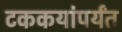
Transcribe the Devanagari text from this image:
टककयांपर्यंत